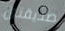
صديقتين